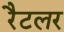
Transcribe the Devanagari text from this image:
रैटलर